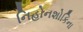
નિહોનશોકિના